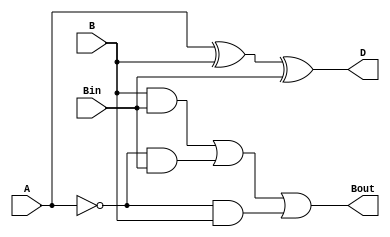
module FullSubtractor2(input A,
    input B,
    input Bin,
    output D,
    output Bout
    );
    reg D,Bout;
    always @(A,B,Bin)
    begin
        D=A^B^Bin;
        Bout=(B&Bin) | ((~A)&Bin) | ((~A)&B);
    end
endmodule